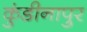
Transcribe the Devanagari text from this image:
कुंडीनापुर